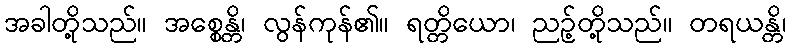
အခါတို့သည်။ အစ္စေန္တိ၊ လွန်ကုန်၏။ ရတ္တိယော၊ ညဉ့်တို့သည်။ တရယန္တိ၊